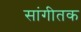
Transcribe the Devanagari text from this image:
सांगीतक